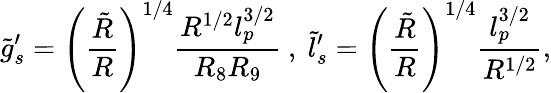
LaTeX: \tilde{g}_{s}^{\prime}=\left(\frac{\tilde{R}}{R}\right)^{1/4}\frac{R^{1/2}l_{p}^{3/2}}{R_{8}R_{9}}\ ,\ \tilde{l}_{s}^{\prime}=\left(\frac{\tilde{R}}{R}\right)^{1/4}\frac{l_{p}^{3/2}}{R^{1/2}},